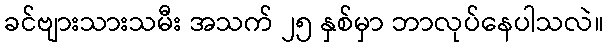
ခင်ဗျားသားသမီး အသက် ၂၅ နှစ်မှာ ဘာလုပ်နေပါသလဲ။